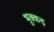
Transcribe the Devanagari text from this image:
भुक्कड़